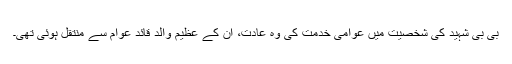
بی بی شہید کی شخصیت میں عوامی خدمت کی وہ عادت، ان کے عظیم والد قائد عوام سے منتقل ہوئی تھی۔